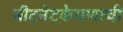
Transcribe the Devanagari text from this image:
नीटनेटकेपणाची